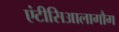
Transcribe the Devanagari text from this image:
एंटीसिआलागौग